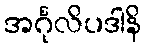
အင်္ဂုလိပဒါနိ